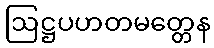
ဩဋ္ဌပဟတမတ္တေန